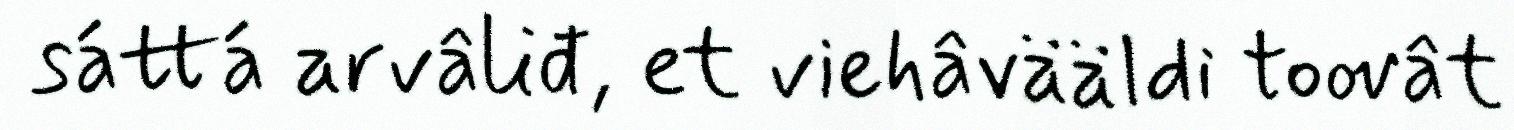
sáttá arvâliđ, et viehâvääldi toovât